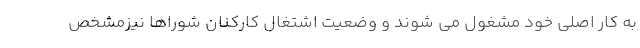
به کار اصلی خود مشغول می شوند و وضعیت اشتغال کارکنان شوراها نیزمشخص